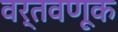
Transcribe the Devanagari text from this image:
वर्तवणूक